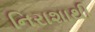
નિરાશાથી